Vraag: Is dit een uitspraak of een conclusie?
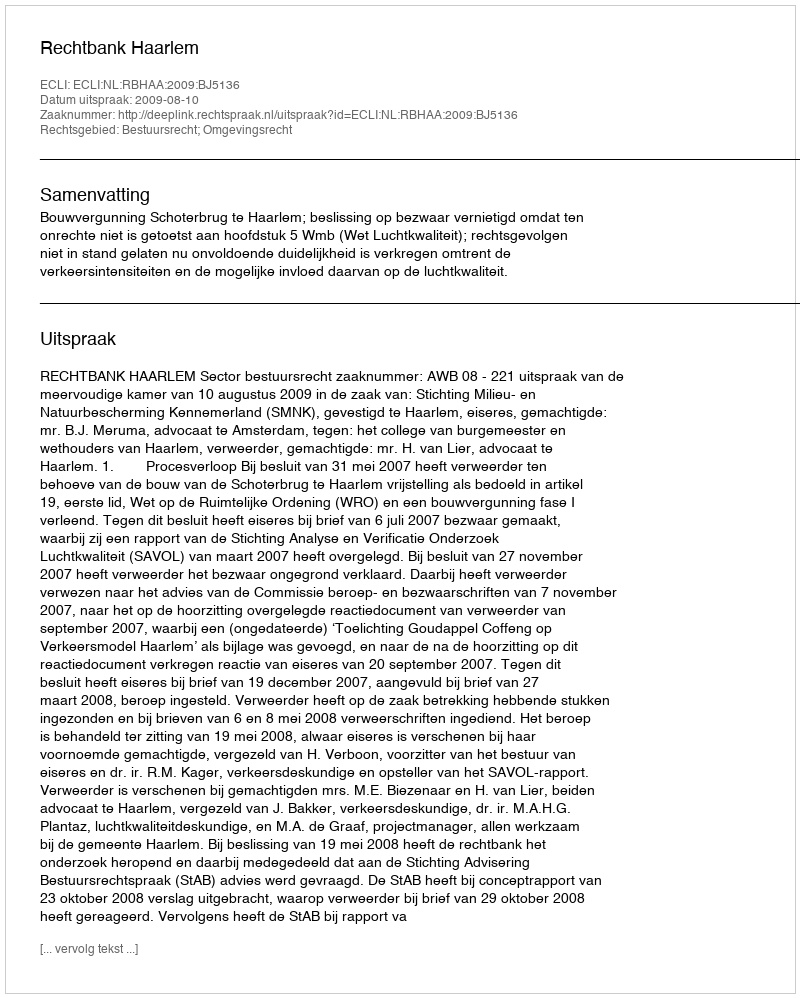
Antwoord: Uitspraak